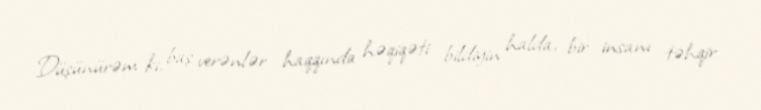
Düşünürəm ki, baş verənlər haqqında həqiqəti bildiyin halda, bir insanı təhqir